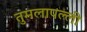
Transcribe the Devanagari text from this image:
तुमलापल्ली